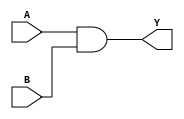
// https://coredocs.s3.amazonaws.com/Libero/12_0_0/Tool/sf2_mlg.pdf

module ADD2 (

	input A, B,
	output Y
);
	assign Y = A & B;
endmodule

module ADD3 (
	input A, B, C,
	output Y
);
	assign Y = A & B & C;
endmodule

module ADD4 (
	input A, B, C, D,
	output Y
);
	assign Y = A & B & C & D;
endmodule

module CFG1 (
	output Y,
	input A
);
	parameter [1:0] INIT = 2'h0;
	assign Y = INIT >> A;
endmodule

module CFG2 (
	output Y,
	input A,
	input B
);
	parameter [3:0] INIT = 4'h0;
	assign Y = INIT >> {B, A};
endmodule

module CFG3 (
	output Y,
	input A,
	input B,
	input C
);
	parameter [7:0] INIT = 8'h0;
	assign Y = INIT >> {C, B, A};
endmodule

module CFG4 (
	output Y,
	input A,
	input B,
	input C,
	input D
);
	parameter [15:0] INIT = 16'h0;
	assign Y = INIT >> {D, C, B, A};
endmodule

module BUFF (
	input A,
	output Y
);
	assign Y = A;
endmodule

module BUFD (
	input A,
	output Y
);
	assign Y = A;
endmodule

module CLKINT (
	input A,
	output Y
);
	assign Y = A;
endmodule

module CLKINT_PRESERVE (
	input A,
	output Y
);
	assign Y = A;
endmodule

module GCLKINT (
	input A, EN,
	output Y
);
	assign Y = A & EN;
endmodule

module RCLKINT (
	input A,
	output Y
);
	assign Y = A;
endmodule

module RGCLKINT (
	input A, EN,
	output Y
);
	assign Y = A & EN;
endmodule

module SLE (
	output Q,
	input ADn,
	input ALn,
	input CLK,
	input D,
	input LAT,
	input SD,
	input EN,
	input SLn
);
	reg q_latch, q_ff;

	always @(posedge CLK, negedge ALn) begin
		if (!ALn) begin
			q_ff <= !ADn;
		end else if (EN) begin
			if (!SLn)
				q_ff <= SD;
			else
				q_ff <= D;
		end
	end

	always @* begin
		if (!ALn) begin
			q_latch <= !ADn;
		end else if (CLK && EN) begin
			if (!SLn)
				q_ff <= SD;
			else
				q_ff <= D;
		end
	end

	assign Q = LAT ? q_latch : q_ff;
endmodule

// module AR1
// module FCEND_BUFF
// module FCINIT_BUFF
// module FLASH_FREEZE
// module OSCILLATOR
// module SYSRESET
// module SYSCTRL_RESET_STATUS
// module LIVE_PROBE_FB
// module GCLKBUF
// module GCLKBUF_DIFF
// module GCLKBIBUF
// module DFN1
// module DFN1C0
// module DFN1E1
// module DFN1E1C0
// module DFN1E1P0
// module DFN1P0
// module DLN1
// module DLN1C0
// module DLN1P0

module INV (
	input A,
	output Y
);
	assign Y = !A;
endmodule

module INVD (
	input A,
	output Y
);
	assign Y = !A;
endmodule

module MX2 (
	input A, B, S,
	output Y
);
	assign Y = S ? B : A;
endmodule

module MX4 (
	input D0, D1, D2, D3, S0, S1,
	output Y
);
	assign Y = S1 ? (S0 ? D3 : D2) : (S0 ? D1 : D0);
endmodule

module NAND2 (
	input A, B,
	output Y
);
	assign Y = !(A & B);
endmodule

module NAND3 (
	input A, B, C,
	output Y
);
	assign Y = !(A & B & C);
endmodule

module NAND4 (
	input A, B, C, D,
	output Y
);
	assign Y = !(A & B & C & D);
endmodule

module NOR2 (
	input A, B,
	output Y
);
	assign Y = !(A | B);
endmodule

module NOR3 (
	input A, B, C,
	output Y
);
	assign Y = !(A | B | C);
endmodule

module NOR4 (
	input A, B, C, D,
	output Y
);
	assign Y = !(A | B | C | D);
endmodule

module OR2 (
	input A, B,
	output Y
);
	assign Y = A | B;
endmodule

module OR3 (
	input A, B, C,
	output Y
);
	assign Y = A | B | C;
endmodule

module OR4 (
	input A, B, C, D,
	output Y
);
	assign Y = A | B | C | D;
endmodule

module XOR2 (
	input A, B,
	output Y
);
	assign Y = A ^ B;
endmodule

module XOR3 (
	input A, B, C,
	output Y
);
	assign Y = A ^ B ^ C;
endmodule

module XOR4 (
	input A, B, C, D,
	output Y
);
	assign Y = A ^ B ^ C ^ D;
endmodule

module XOR8 (
	input A, B, C, D, E, F, G, H,
	output Y
);
	assign Y = A ^ B ^ C ^ D ^ E ^ F ^ G ^ H;
endmodule

// module UJTAG
// module BIBUF
// module BIBUF_DIFF
// module CLKBIBUF

module CLKBUF (
	input PAD,
	output Y
);
	assign Y = PAD;
endmodule

// module CLKBUF_DIFF

module INBUF (
	input PAD,
	output Y
);
	assign Y = PAD;
endmodule

// module INBUF_DIFF

module OUTBUF (
	input D,
	output PAD
);
	assign PAD = D;
endmodule

// module OUTBUF_DIFF
// module TRIBUFF
// module TRIBUFF_DIFF
// module DDR_IN
// module DDR_OUT
// module RAM1K18
// module RAM64x18
// module MACC